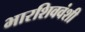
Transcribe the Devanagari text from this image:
भारशिववंशी